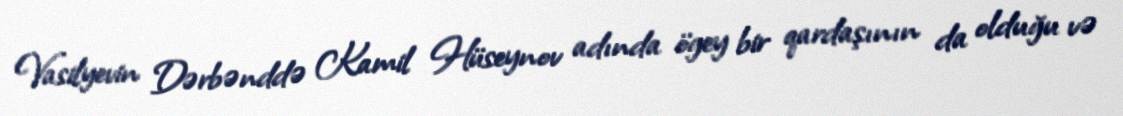
Vasilyevin Dərbənddə Kamil Hüseynov adında ögey bir qardaşının da olduğu və